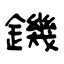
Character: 鐖